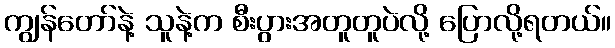
ကျွန်တော်နဲ့ သူနဲ့က စီးပွားအတူတူပဲလို့ ပြောလို့ရတယ်။